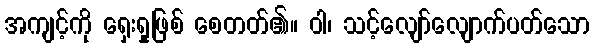
အကျင့်ကို ရှေးရှုဖြစ် စေတတ်၏။ ဝါ၊ သင့်လျော်လျောက်ပတ်သော